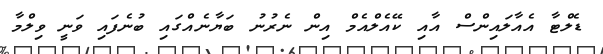
ޑެލްޓާ އެއާލައިންސް އާއި ކޭއެލްއެމް އިން ނެރުނު ބަޔާނެއްގައި ބުނެފައި ވަނީ ވިލްމާ